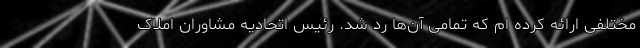
مختلفی ارائه کرده ام که تمامی آن‌ها رد شد. رئیس اتحادیه مشاوران املاک